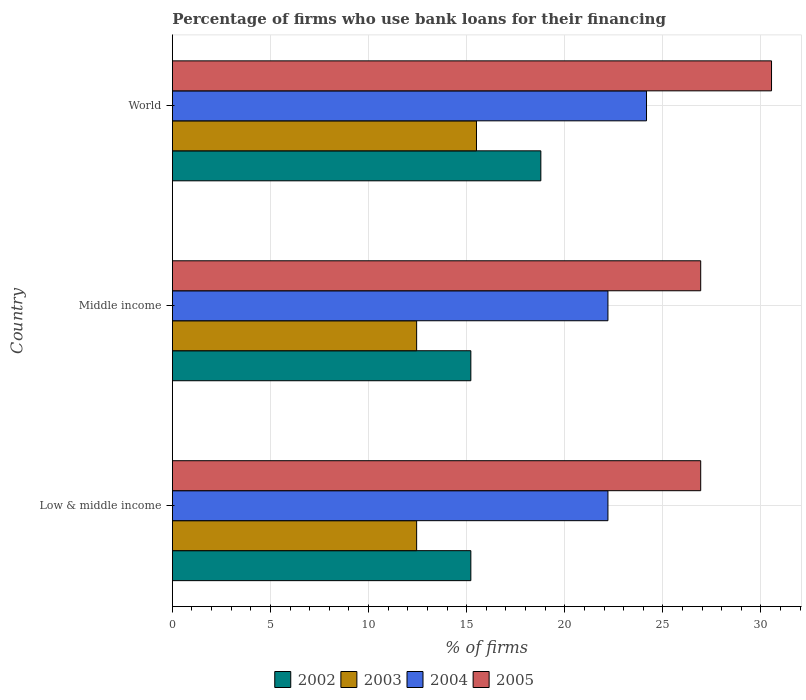
| Country | 2002 | 2003 | 2004 | 2005 |
 | --- | --- | --- | --- | --- |
 | Low & middle income | 15.2 | 12.4 | 22.2 | 26.9 |
 | Middle income | 15.2 | 12.4 | 22.2 | 26.9 |
 | World | 18.8 | 15.5 | 24.2 | 30.5 |